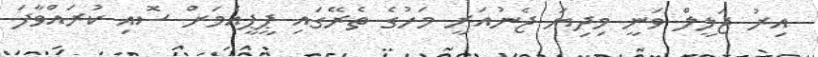
އިރު ޖަލީލް ވަނީ މިދިޔަ ޖެނުއަރީ މަހުގެ ތެރޭގައި ޕީޕީއެމަށް ސޮއި ކުރައްވާފަ